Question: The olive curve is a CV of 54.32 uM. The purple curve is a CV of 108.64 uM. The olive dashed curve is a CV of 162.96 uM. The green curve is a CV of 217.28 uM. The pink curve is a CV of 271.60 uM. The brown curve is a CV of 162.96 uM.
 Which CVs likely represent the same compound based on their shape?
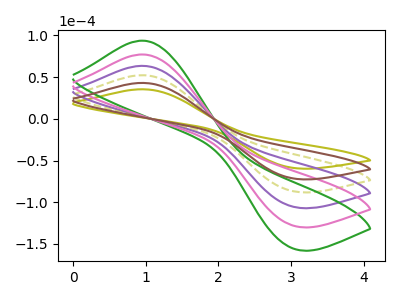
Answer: <think>The olive curve "54.32 uM" has an anodic peak at (0.95V, 35.45uA) and a cathodic peak at (3.00V, -58.60uA). The purple curve "108.64 uM" has an anodic peak at (0.95V, 129.15uA) and a cathodic peak at (3.00V, -213.55uA). The olive dashed curve "162.96 uM" has an anodic peak at (0.95V, 86.10uA) and a cathodic peak at (3.00V, -142.35uA). The green curve "217.28 uM" has an anodic peak at (0.95V, 215.25uA) and a cathodic peak at (3.00V, -355.95uA). The pink curve "271.60 uM" has an anodic peak at (0.95V, 172.20uA) and a cathodic peak at (3.00V, -284.75uA). The brown curve "162.96 uM" has an anodic peak at (0.95V, 43.05uA) and a cathodic peak at (3.00V, -71.20uA).
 All the peaks in "54.32 uM" have a peak in "108.64 uM" at the same potential. Every peak in "54.32 uM" is lower than every peak in "108.64 uM". All the peaks in "54.32 uM" have a peak in "162.96 uM" at the same potential. Every peak in "54.32 uM" is lower than every peak in "162.96 uM". All the peaks in "54.32 uM" have a peak in "217.28 uM" at the same potential. Every peak in "54.32 uM" is lower than every peak in "217.28 uM". All the peaks in "54.32 uM" have a peak in "271.60 uM" at the same potential. Every peak in "54.32 uM" is lower than every peak in "271.60 uM". All the peaks in "54.32 uM" have a peak in "162.96 uM" at the same potential. Every peak in "54.32 uM" is lower than every peak in "162.96 uM". All the peaks in "108.64 uM" have a peak in "162.96 uM" at the same potential. Every peak in "108.64 uM" is higher than every peak in "162.96 uM". All the peaks in "108.64 uM" have a peak in "217.28 uM" at the same potential. Every peak in "108.64 uM" is lower than every peak in "217.28 uM". All the peaks in "108.64 uM" have a peak in "271.60 uM" at the same potential. Every peak in "108.64 uM" is lower than every peak in "271.60 uM". All the peaks in "108.64 uM" have a peak in "162.96 uM" at the same potential. Every peak in "108.64 uM" is higher than every peak in "162.96 uM". All the peaks in "162.96 uM" have a peak in "217.28 uM" at the same potential. Every peak in "162.96 uM" is lower than every peak in "217.28 uM". All the peaks in "162.96 uM" have a peak in "271.60 uM" at the same potential. Every peak in "162.96 uM" is lower than every peak in "271.60 uM". All the peaks in "162.96 uM" have a peak in "162.96 uM" at the same potential. Every peak in "162.96 uM" is higher than every peak in "162.96 uM". All the peaks in "217.28 uM" have a peak in "271.60 uM" at the same potential. Every peak in "217.28 uM" is higher than every peak in "271.60 uM". All the peaks in "217.28 uM" have a peak in "162.96 uM" at the same potential. Every peak in "217.28 uM" is higher than every peak in "162.96 uM". All the peaks in "271.60 uM" have a peak in "162.96 uM" at the same potential. Every peak in "271.60 uM" is higher than every peak in "162.96 uM".</think>
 <answer>"54.32 uM", "108.64 uM", "162.96 uM", "217.28 uM", "271.60 uM" and "162.96 uM" have the same shape and are likely CV's of the same chemical.</answer>
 <eval>"54.32 uM" "108.64 uM" "162.96 uM" "217.28 uM" "271.60 uM" "162.96 uM"</eval>